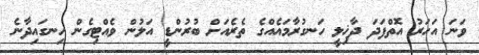
ވަނަ އަހަރު އޮތްފަދަ ދާޚިލީ ހަނގުރާމައެއްގެ ތެރެއަށް ބުރުންޑީ އަލުން ވެއްޓިގެން ހިނގައިދާނެ